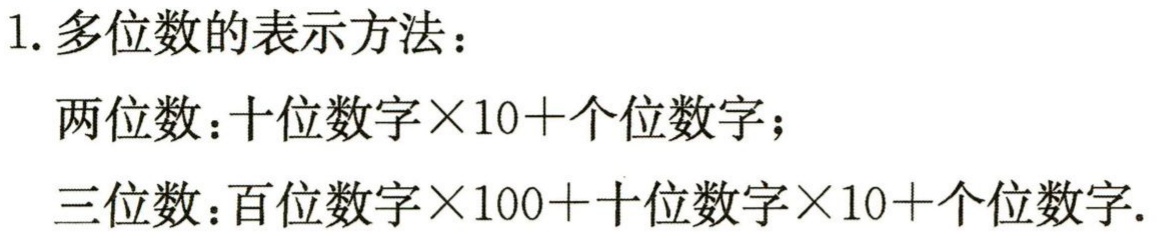
1. 多位数的表示方法：
   两位数：十位数字×10 + 个位数字；
   三位数：百位数字×100 + 十位数字×10 + 个位数字.